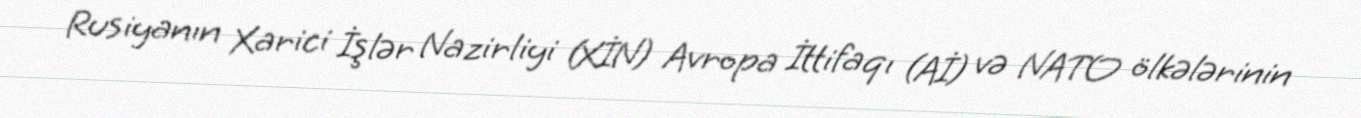
Rusiyanın Xarici İşlər Nazirliyi (XİN) Avropa İttifaqı (Aİ) və NATO ölkələrinin